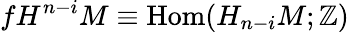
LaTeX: fH^{n-i}M\equiv\mathrm{Hom}(H_{n-i}M;\mathbb{Z})